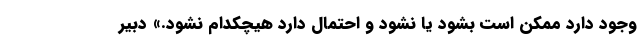
وجود دارد ممکن است بشود یا نشود و احتمال دارد هیچکدام نشود.» دبیر